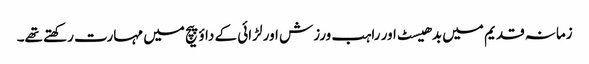
زمانہ قدیم میں بدھیسٹ اور راہب ورزش اور لڑائی کے داؤ پیچ میں مہارت رکھتے تھے۔